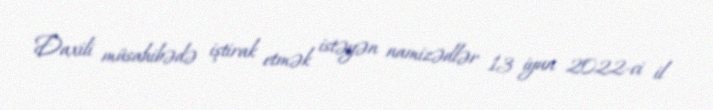
Daxili müsahibədə iştirak etmək istəyən namizədlər 13 iyun 2022-ci il